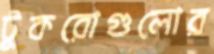
টুকরোগুলোর